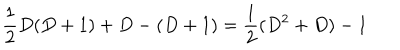
\frac 1 2 D ( D + 1 ) + D - ( D + 1 ) = \frac 1 2 ( D ^ { 2 } + D ) - 1